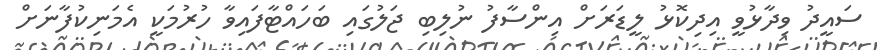
ސައީދު ވިދާޅުވީ އިދިކޮޅު ލީޑަރަށް އިންސާފު ނުލިބި ޖަލުގައި ބަހައްޓާފައިވާ ހުރުމަކީ އެމަނިކުފާނަށް